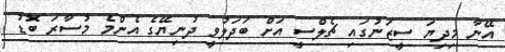
އޭނާ މިދިޔަ ސީޒަނުގައި ޗެލްސީ އަށް ބަދަލުވީ ދުނިޔޭގެ އެންމެ މުސާރަ ބޮޑު